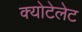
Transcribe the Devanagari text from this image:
क्योटेलेट